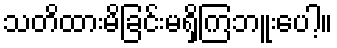
သတိထားမိခြင်းမရှိကြဘူးပေါ့။